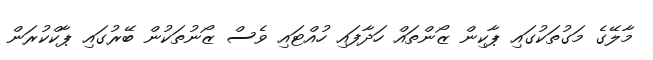
މާލޭގެ މަގުތަކުގައި ޕާކިން ޒޯންތައް ހަދާފައި ހުއްޓައި ވެސް ޒޯނުތަކުން ބޭރުގައި ޕާކްކުރަން